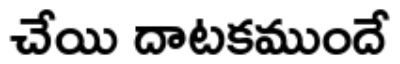
చేయి దాటకముందే